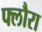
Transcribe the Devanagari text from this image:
फ्लौरा